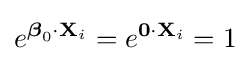
e^{{\boldsymbol {\beta }}_{0}\cdot \mathbf {X} _{i}}=e^{\mathbf {0} \cdot \mathbf {X} _{i}}=1